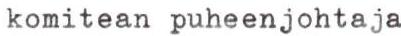
komitean puheenjohtaja